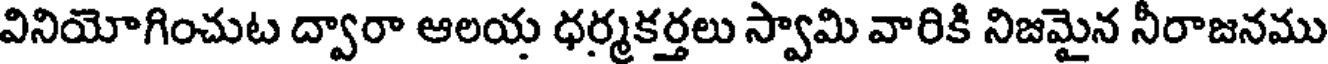
వినియోగించుట ద్వారా ఆలయ ధర్మకర్తలు స్వామి వారికి నిజమైన నీరాజనము